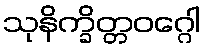
သုနိက္ခိတ္တဝဂ္ဂေါ